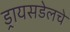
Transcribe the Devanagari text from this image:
ड्रायसडेलचे